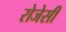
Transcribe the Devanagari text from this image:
रोजेसी